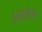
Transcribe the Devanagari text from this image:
प्रांतिज